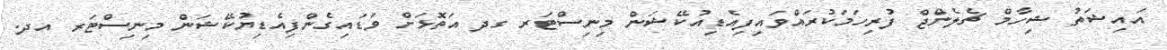
އައިޝަތު ޝިހާމް ޗެލެންޖް ފުރިހަމަކުރައްވައިފިއެޑިއުކޭޝަން މިނިސްޓަރ ގދ އަތޮޅަށް ވަޑައިގެންފިއެޑިޔުކޭޝަން މިނިސްޓަރ އދ.